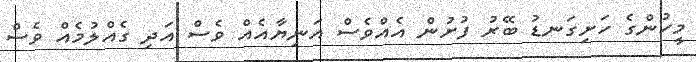
މީހުންގެ ހަށިގަނޑު ބޭރު ފުށުން އެއްވެސް އަނިޔާއެއް ވެސް އަދި ގެއްލުމެއް ވެސް